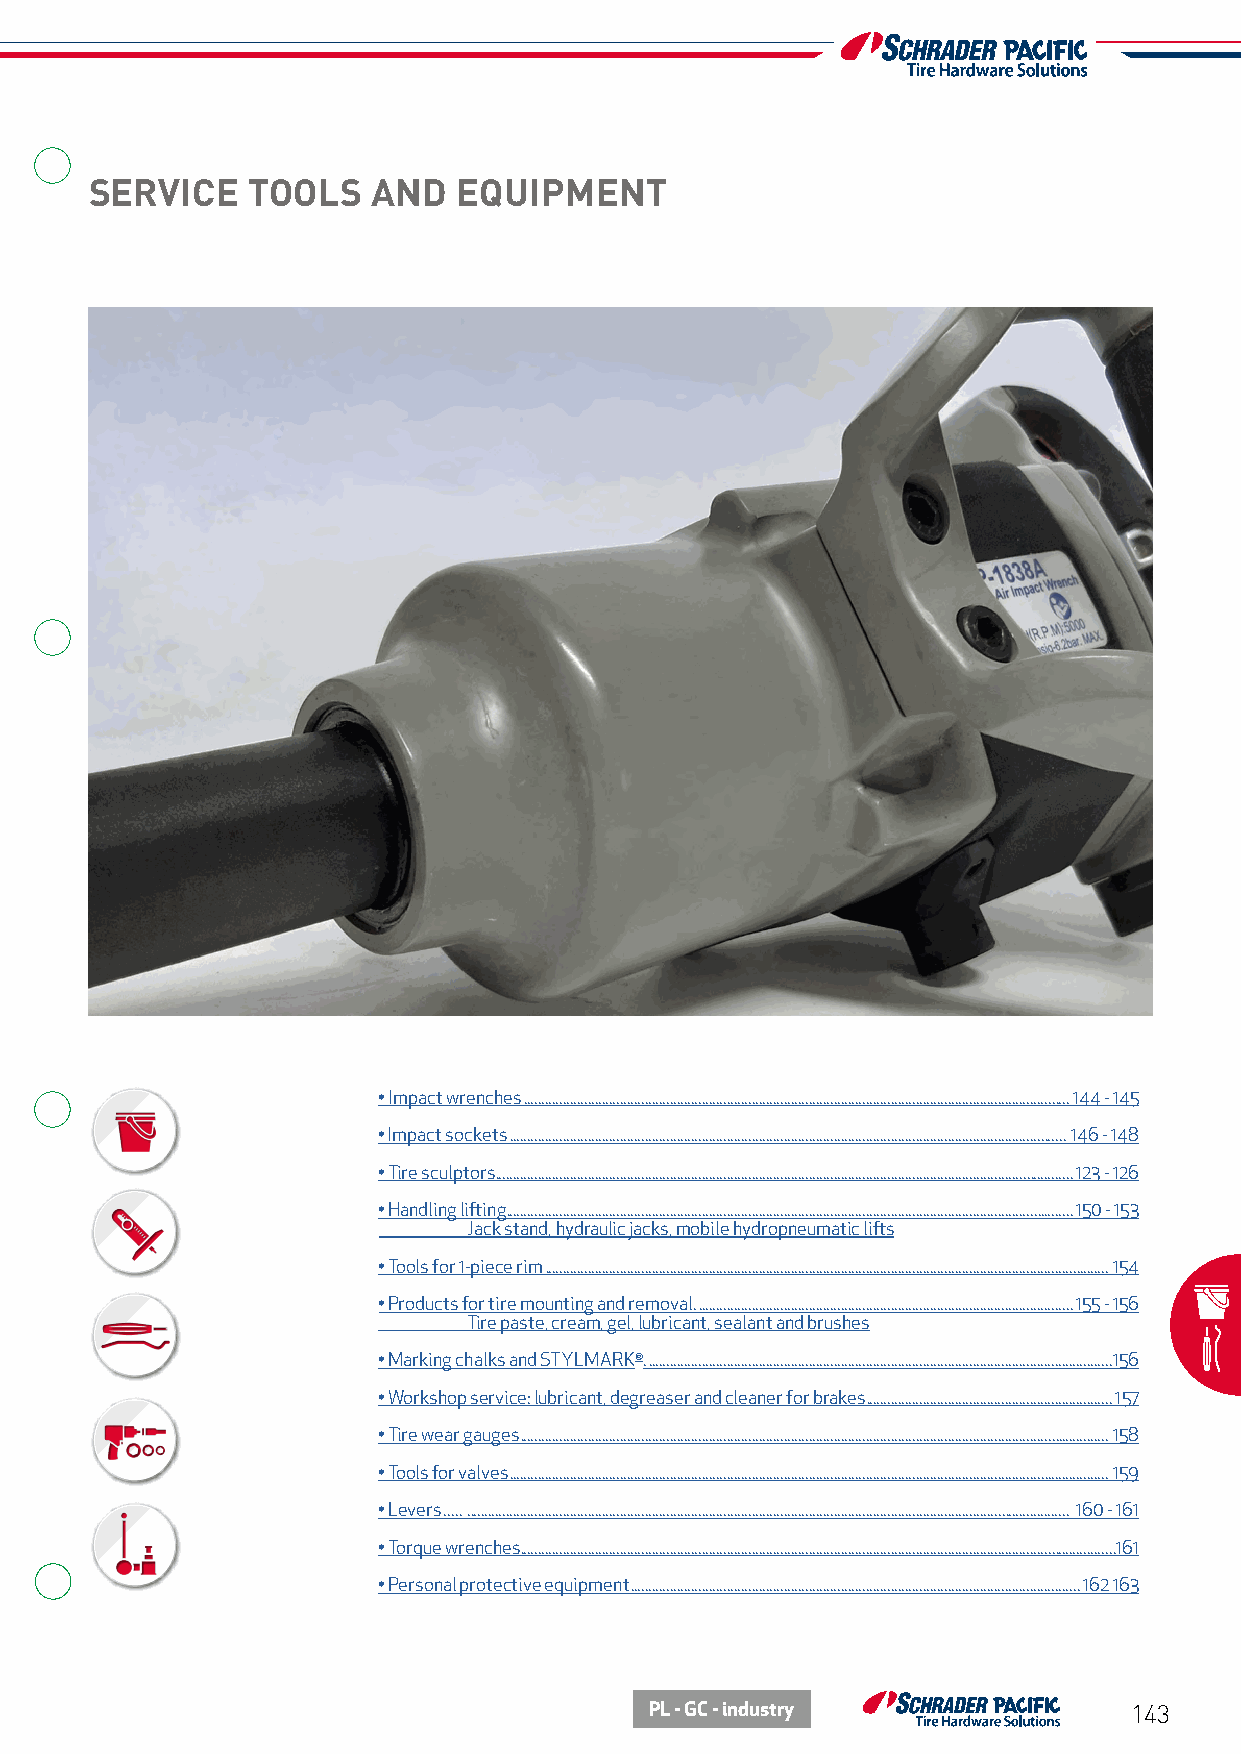
SERVICE   TOOLS    AND  EQUIPMENT
 • Impact wrenches ......................................................................................................................................................... 144 - 145
 • Impact sockets ............................................................................................................................................................ 146 - 148
 • Tire sculptors ..................................................................................................................................................................123 - 126
 • Handling lifting ...............................................................................................................................................................150 - 153
 Jack stand, hydraulic jacks, mobile hydropneumatic lifts
 • Tools for 1-piece rim .............................................................................................................................................................. 154
 • Products for tire mounting and removal. .........................................................................................................155 - 156
 Tire paste, cream, gel, lubricant, sealant and brushes
 • Marking chalks and STYLMARK®. ..................................................................................................................................156
 • Workshop service: lubricant, degreaser and cleaner for brakes .....................................................................157
 • Tire wear gauges ..................................................................................................................................................................... 158
 • Tools for valves ........................................................................................................................................................................ 159
 • Levers ..... . ........................................................................................................................................................................ 160 - 161
 • Torque wrenches .......................................................................................................................................................................161
 • Personal protective equipment ..............................................................................................................................162 163
 PL - GC - industry              143